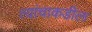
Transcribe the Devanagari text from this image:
त्यांचाकडील